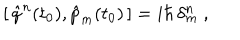
[ \, \hat { q } ^ { n } ( t _ { 0 } ) , \hat { p } _ { m } ( t _ { 0 } ) \, ] = i \hbar \, \delta _ { m } ^ { n } \ ,